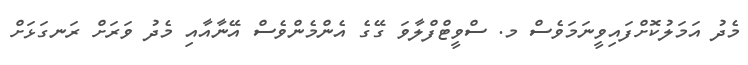
މެދު އަމަލުކޮށްފައިވީނަމަވެސް މ. ސްވީޓްފްލާވަ ގޭގެ އެންމެންވެސް އޭނާއާއި މެދު ވަރަށް ރަނގަޅަށް